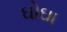
ઘોઘા